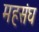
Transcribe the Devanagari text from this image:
महसंघ